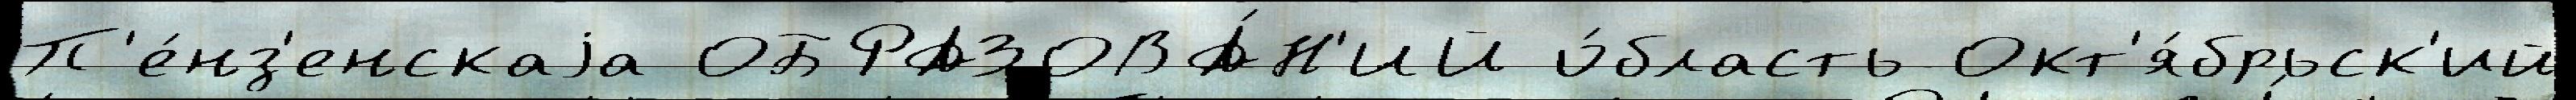
П'е́нз'енскаjа ОБРАЗОВА́Н'ИЙ о́бласть Окт'я́брьск'ий